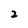
Character: 2